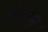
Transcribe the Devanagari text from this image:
बेल्लेन